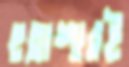
হতাশারই